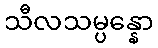
သီလသမ္ပန္နော